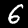
Digit: 6